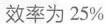
效率为25%